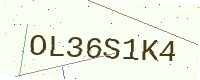
Text: OL36S1K4